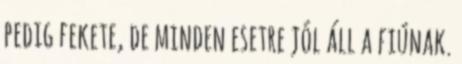
pedig fekete, de minden esetre jól áll a fiúnak.